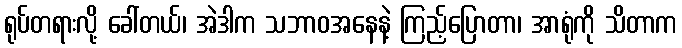
ရုပ်တရားလို့ ခေါ်တယ်၊ အဲဒါက သဘာဝအနေနဲ့ ကြည့်ပြောတာ၊ အာရုံကို သိတာက